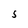
Character: S